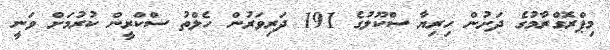
މިޕްރޮގްރާމުގެ ދަށުން ހިރިޔާ ސްކޫލުގެ 191 ދަރިވަރުން ހެލްތު ސްކްރީން ކުރުމަށް ވަނީ